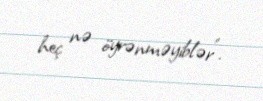
heç nə öyrənməyiblər”.